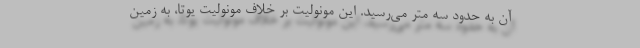
آن به حدود سه متر می‌رسید. این مونولیت بر خلاف مونولیت یوتا، به زمین